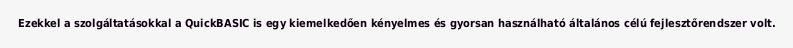
Ezekkel a szolgáltatásokkal a QuickBASIC is egy kiemelkedően kényelmes és gyorsan használható általános célú fejlesztőrendszer volt.